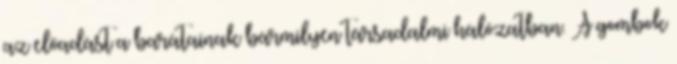
az előadást a barátainak bármilyen társadalmi hálózatban. A gombok